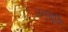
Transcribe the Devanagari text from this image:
अनुशूकि